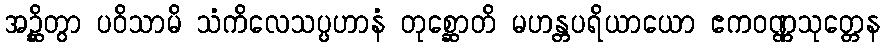
အဉ္ဆိတွာ ပဝိသာမိ သံကိလေသပ္ပဟာနံ တုစ္ဆောတိ မဟန္တပရိယာယော ဧကဝဏ္ဏသုတ္တေန